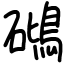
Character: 𥖧